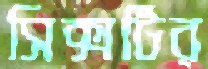
সিক্সটির